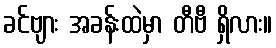
ခင်ဗျား အခန်းထဲမှာ တီဗီ ရှိလား။